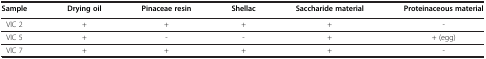
<table><thead><tr><td><b>Sample</b></td><td><b>Drying oil</b></td><td><b>Pinaceae resin</b></td><td><b>Shellac</b></td><td><b>Saccharide material</b></td><td><b>Proteinaceous material</b></td></tr></thead><tbody><tr><td>VIC 2</td><td>+</td><td>+</td><td>+</td><td>+</td><td>-</td></tr><tr><td>VIC 5</td><td>+</td><td>-</td><td>-</td><td>+</td><td>+ (egg)</td></tr><tr><td>VIC 7</td><td>+</td><td>+</td><td>+</td><td>+</td><td>-</td></tr></tbody></table>